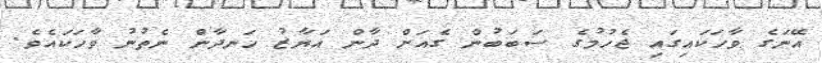
އޭނަގެ ވާހަކައިގައި ޖެހުމުގެ ސަބަބުން ގެއަށް ދާން އަޔާޒު ހަނދާން ނެތުނު ވާހަކައެވެ.